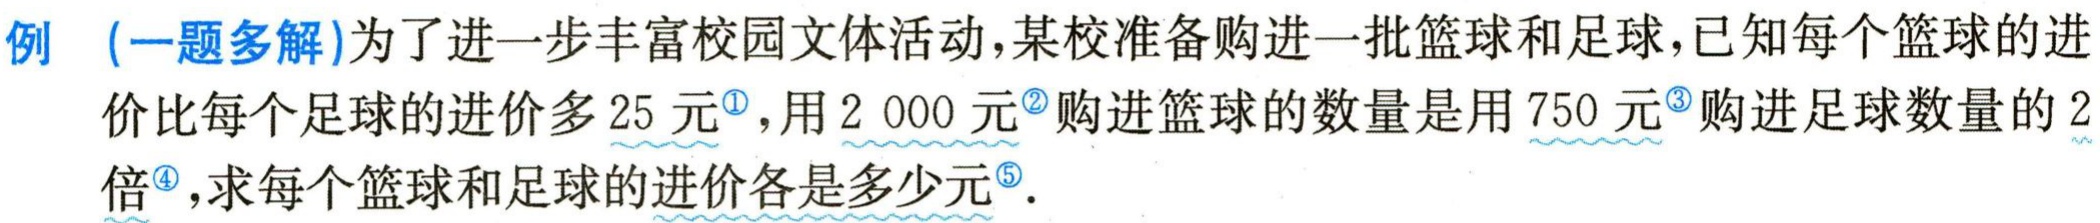
例 (一题多解)为了进一步丰富校园文体活动，某校准备购进一批篮球和足球，已知每个篮球的进价比每个足球的进价多 25 元\(^{\circled{1}}\)，用 2 000 元\(^{\circled{2}}\)购进篮球的数量是用 750 元\(^{\circled{3}}\)购进足球数量的 2倍\(^{\circled{4}}\)，求每个篮球和足球的进价各是多少元\(^{\circled{5}}\)。